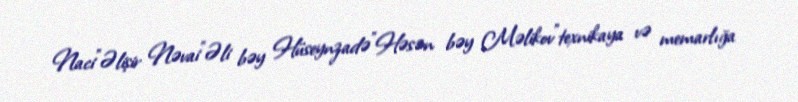
Naci"Əlişir Nəvai"Əli bəy Hüseynzadə"Həsən bəy Məlikov"texnikaya və memarlığa